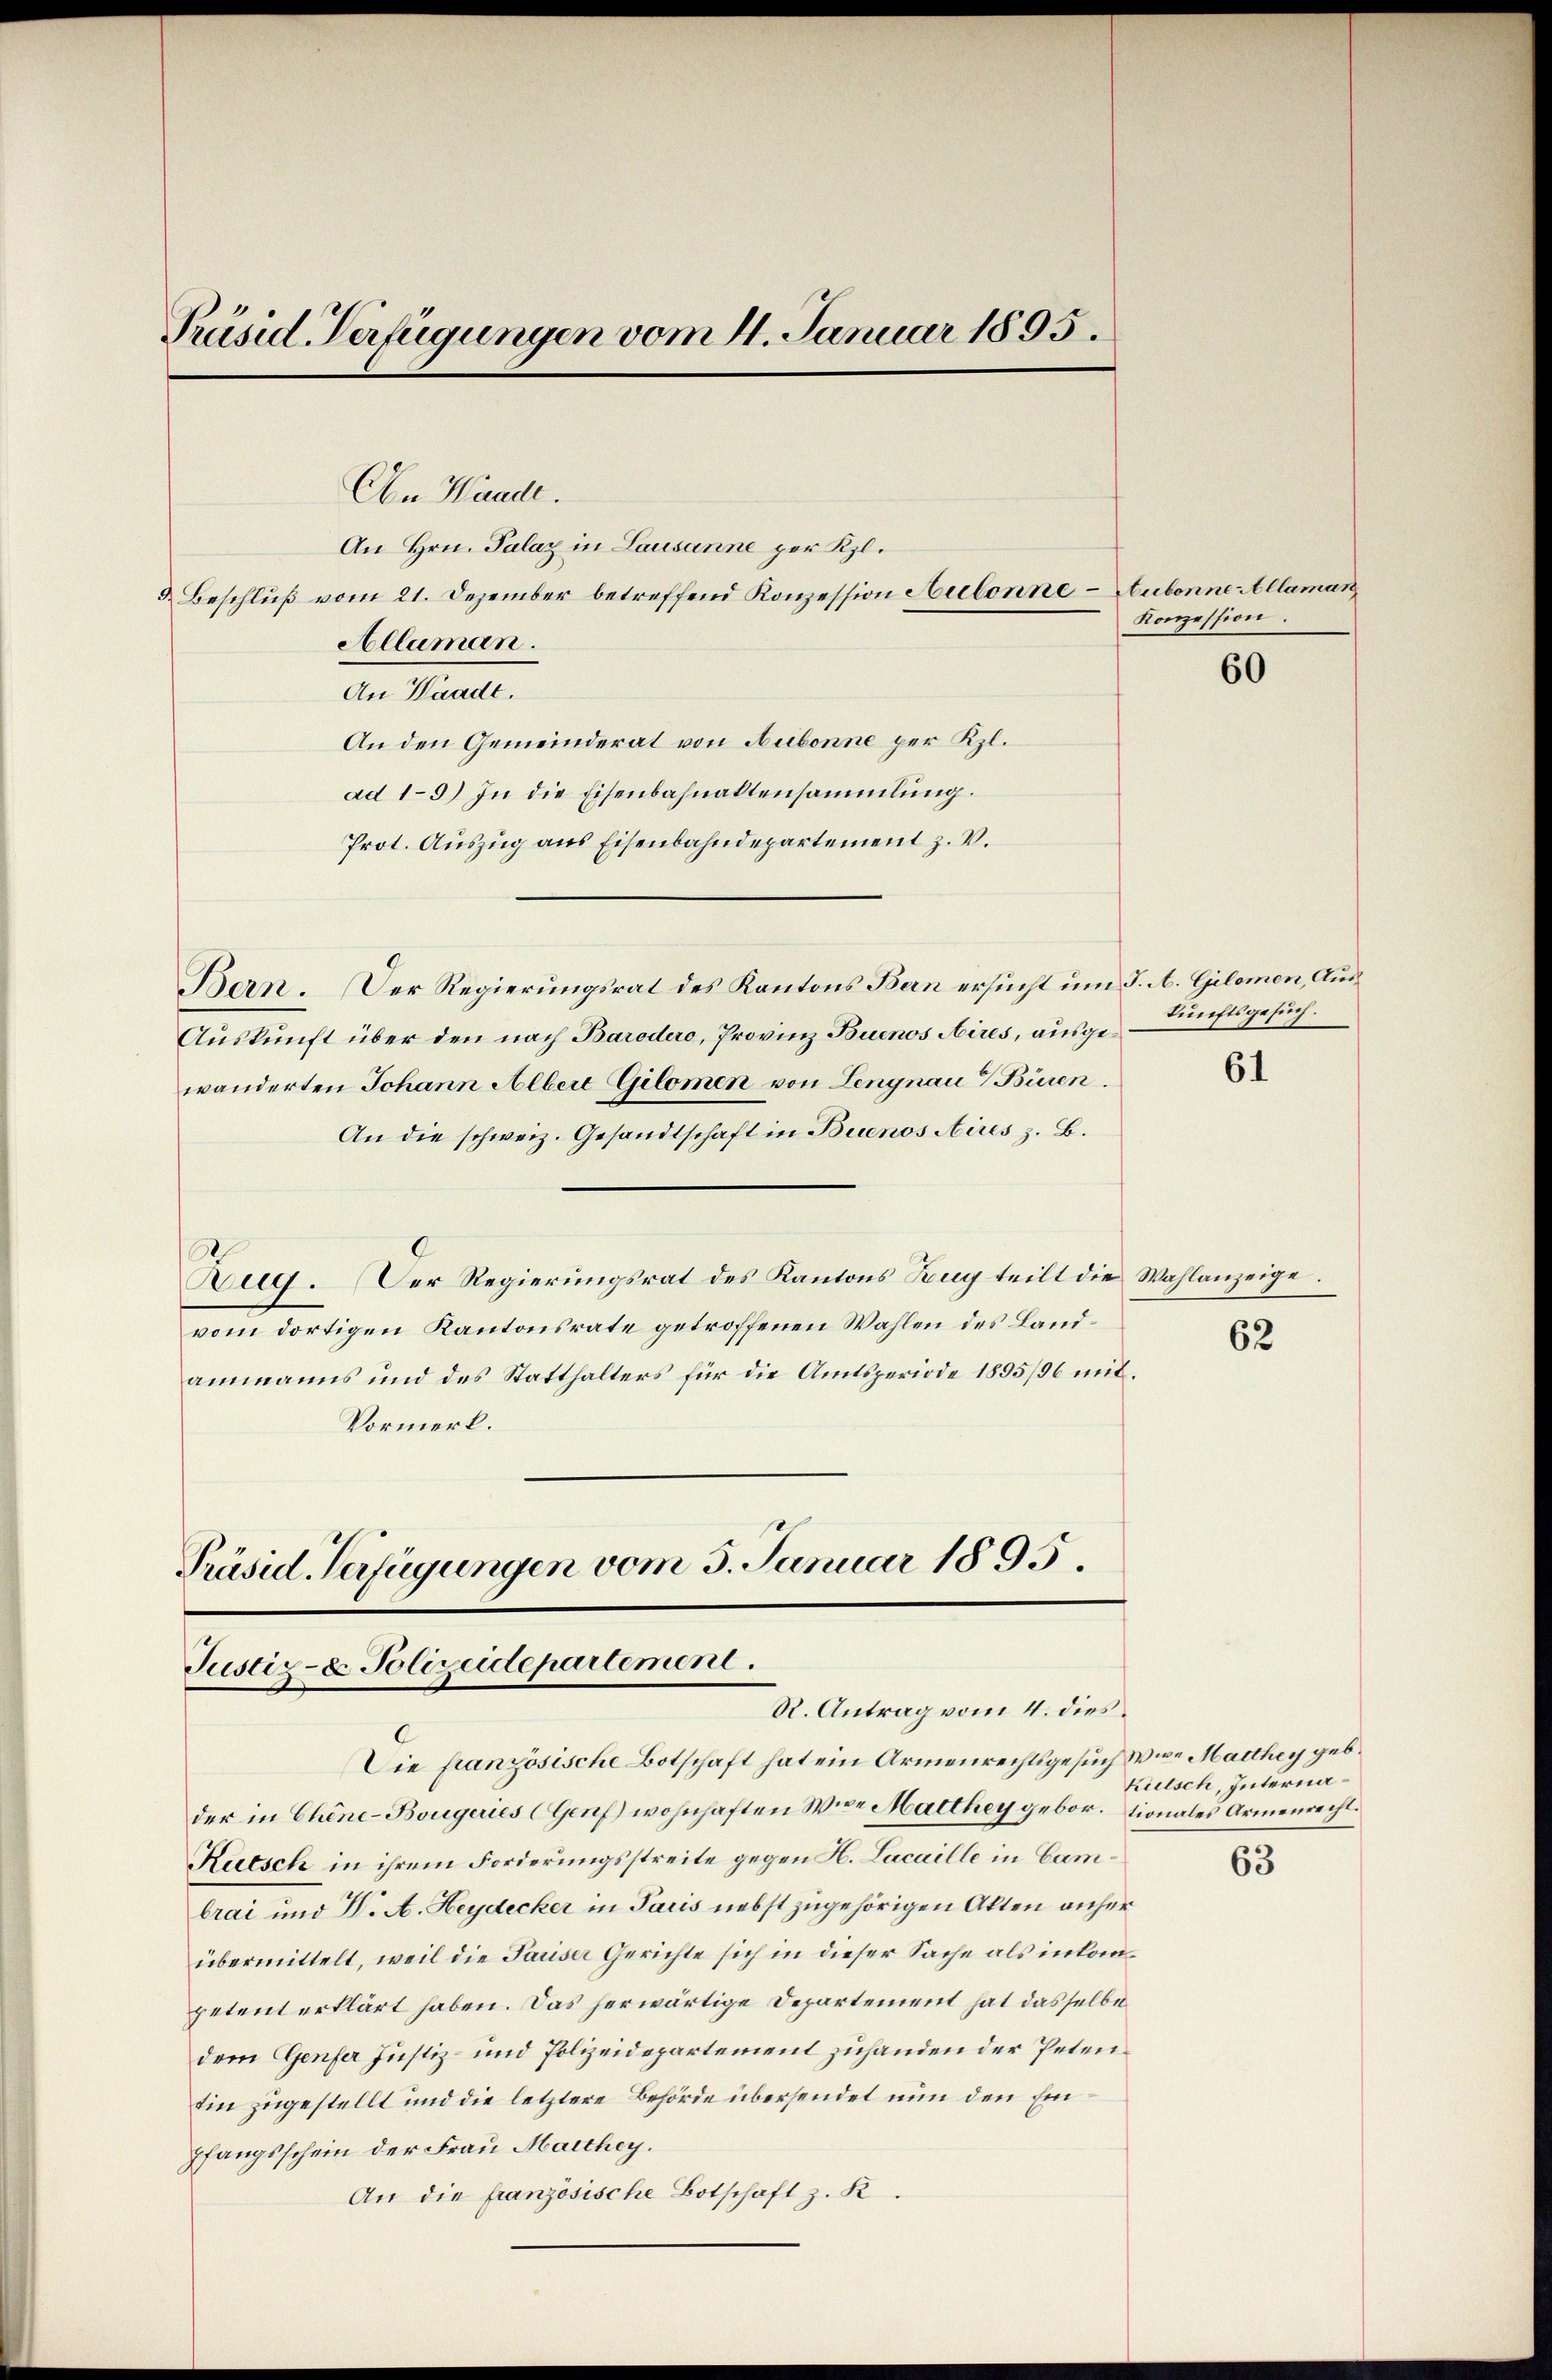
Präsid. Verfügungen vom 4. Januar 1895.

An Wande.
An Hrn. Palaz in Lausanne per Kl.
9. Beschluß vom 21. Dezember betreffend Konzession Aubonne-Aubonne Allaman
Allaman.
An Waadt.
An den Gemeinderat von Aubonne per Kl.
ad 1–9) In die Eisenbahnaktensammlung.
Prot. Auszug aus Eisenbahndepartement z. v.
Bern. Der Regierungsrat des Kantons Ban ersucht um J. A. Gilomen, Aus¬
Auskunft über den nach Barodero, Provinz Buenos Aires, ausgewänderten Johann Albert Gilomen von Lengnau Büren.
An die schweiz. Gesandtschaft in Buenos Aires z. B.
Zug. Der Regierŭngsrat des Kantons Zug teilt die Wahlanzeige.
vom dortigen Kantonsrate getroffenen Wahlen des Landammanns und des Statthalters für die Amtsperiode 1895/96 mit¬
Vormerk.

Justiz- & Polizeidepartement.
R. Antrag vom 4. dies

Die französische Botschaft hat ein Armenrechtsgesuch Wie Marthey geb.
der in Chine-Bougeries (Genf) wohnhaften Wie Marthey gebortionales Armenrecht.
Rutsch in ihrem Forderungsstreite gegen H. Lacaille in Cambrai und I. A. Heydecker in Paris nebst zugehörigen Akten anher
übermittelt, weil die Pariser Gerichte sich in dieser Sache als inkompetent erklärt haben. Das herwärtige Departement hat dasselbe
dem Genfer Justiz- und Polizeidepartement zuhanden der Petentin zugestellt und die letztere Behörde übersendet nun den Einpfangsschein der Frau Marthey.
An die französische Botschaft z. K.

Präsid. Verfügungen vom 5. Januar 1895.

Konzession.

60

kunftsgesuch.

61

62

kutsch, Interna¬

63